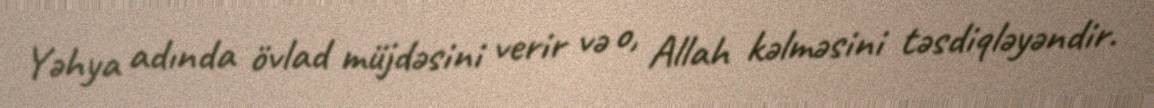
Yəhya adında övlad müjdəsini verir və o, Allah kəlməsini təsdiqləyəndir.